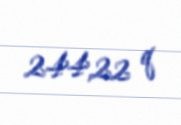
244,22 q